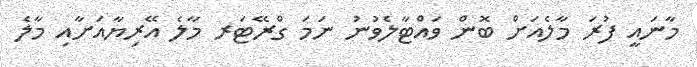
މާނައީ ފުރަ މާލެއަށް ބޮން ވައްޓާލެވުނު ނަމަ ގްރޭޓަރ މާލެ އޭރިޔާއަށާއި މާލެ